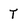
Character: T